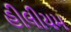
હીલીયમ